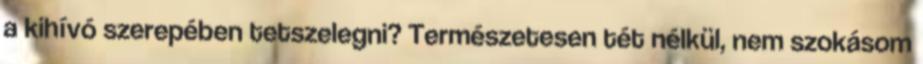
a kihívó szerepében tetszelegni? Természetesen tét nélkül, nem szokásom